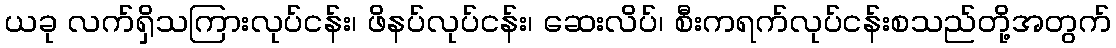
ယခု လက်ရှိသကြားလုပ်ငန်း၊ ဖိနပ်လုပ်ငန်း၊ ဆေးလိပ်၊ စီးကရက်လုပ်ငန်းစသည်တို့အတွက်